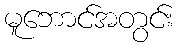
မူဘောင်အတွင်း